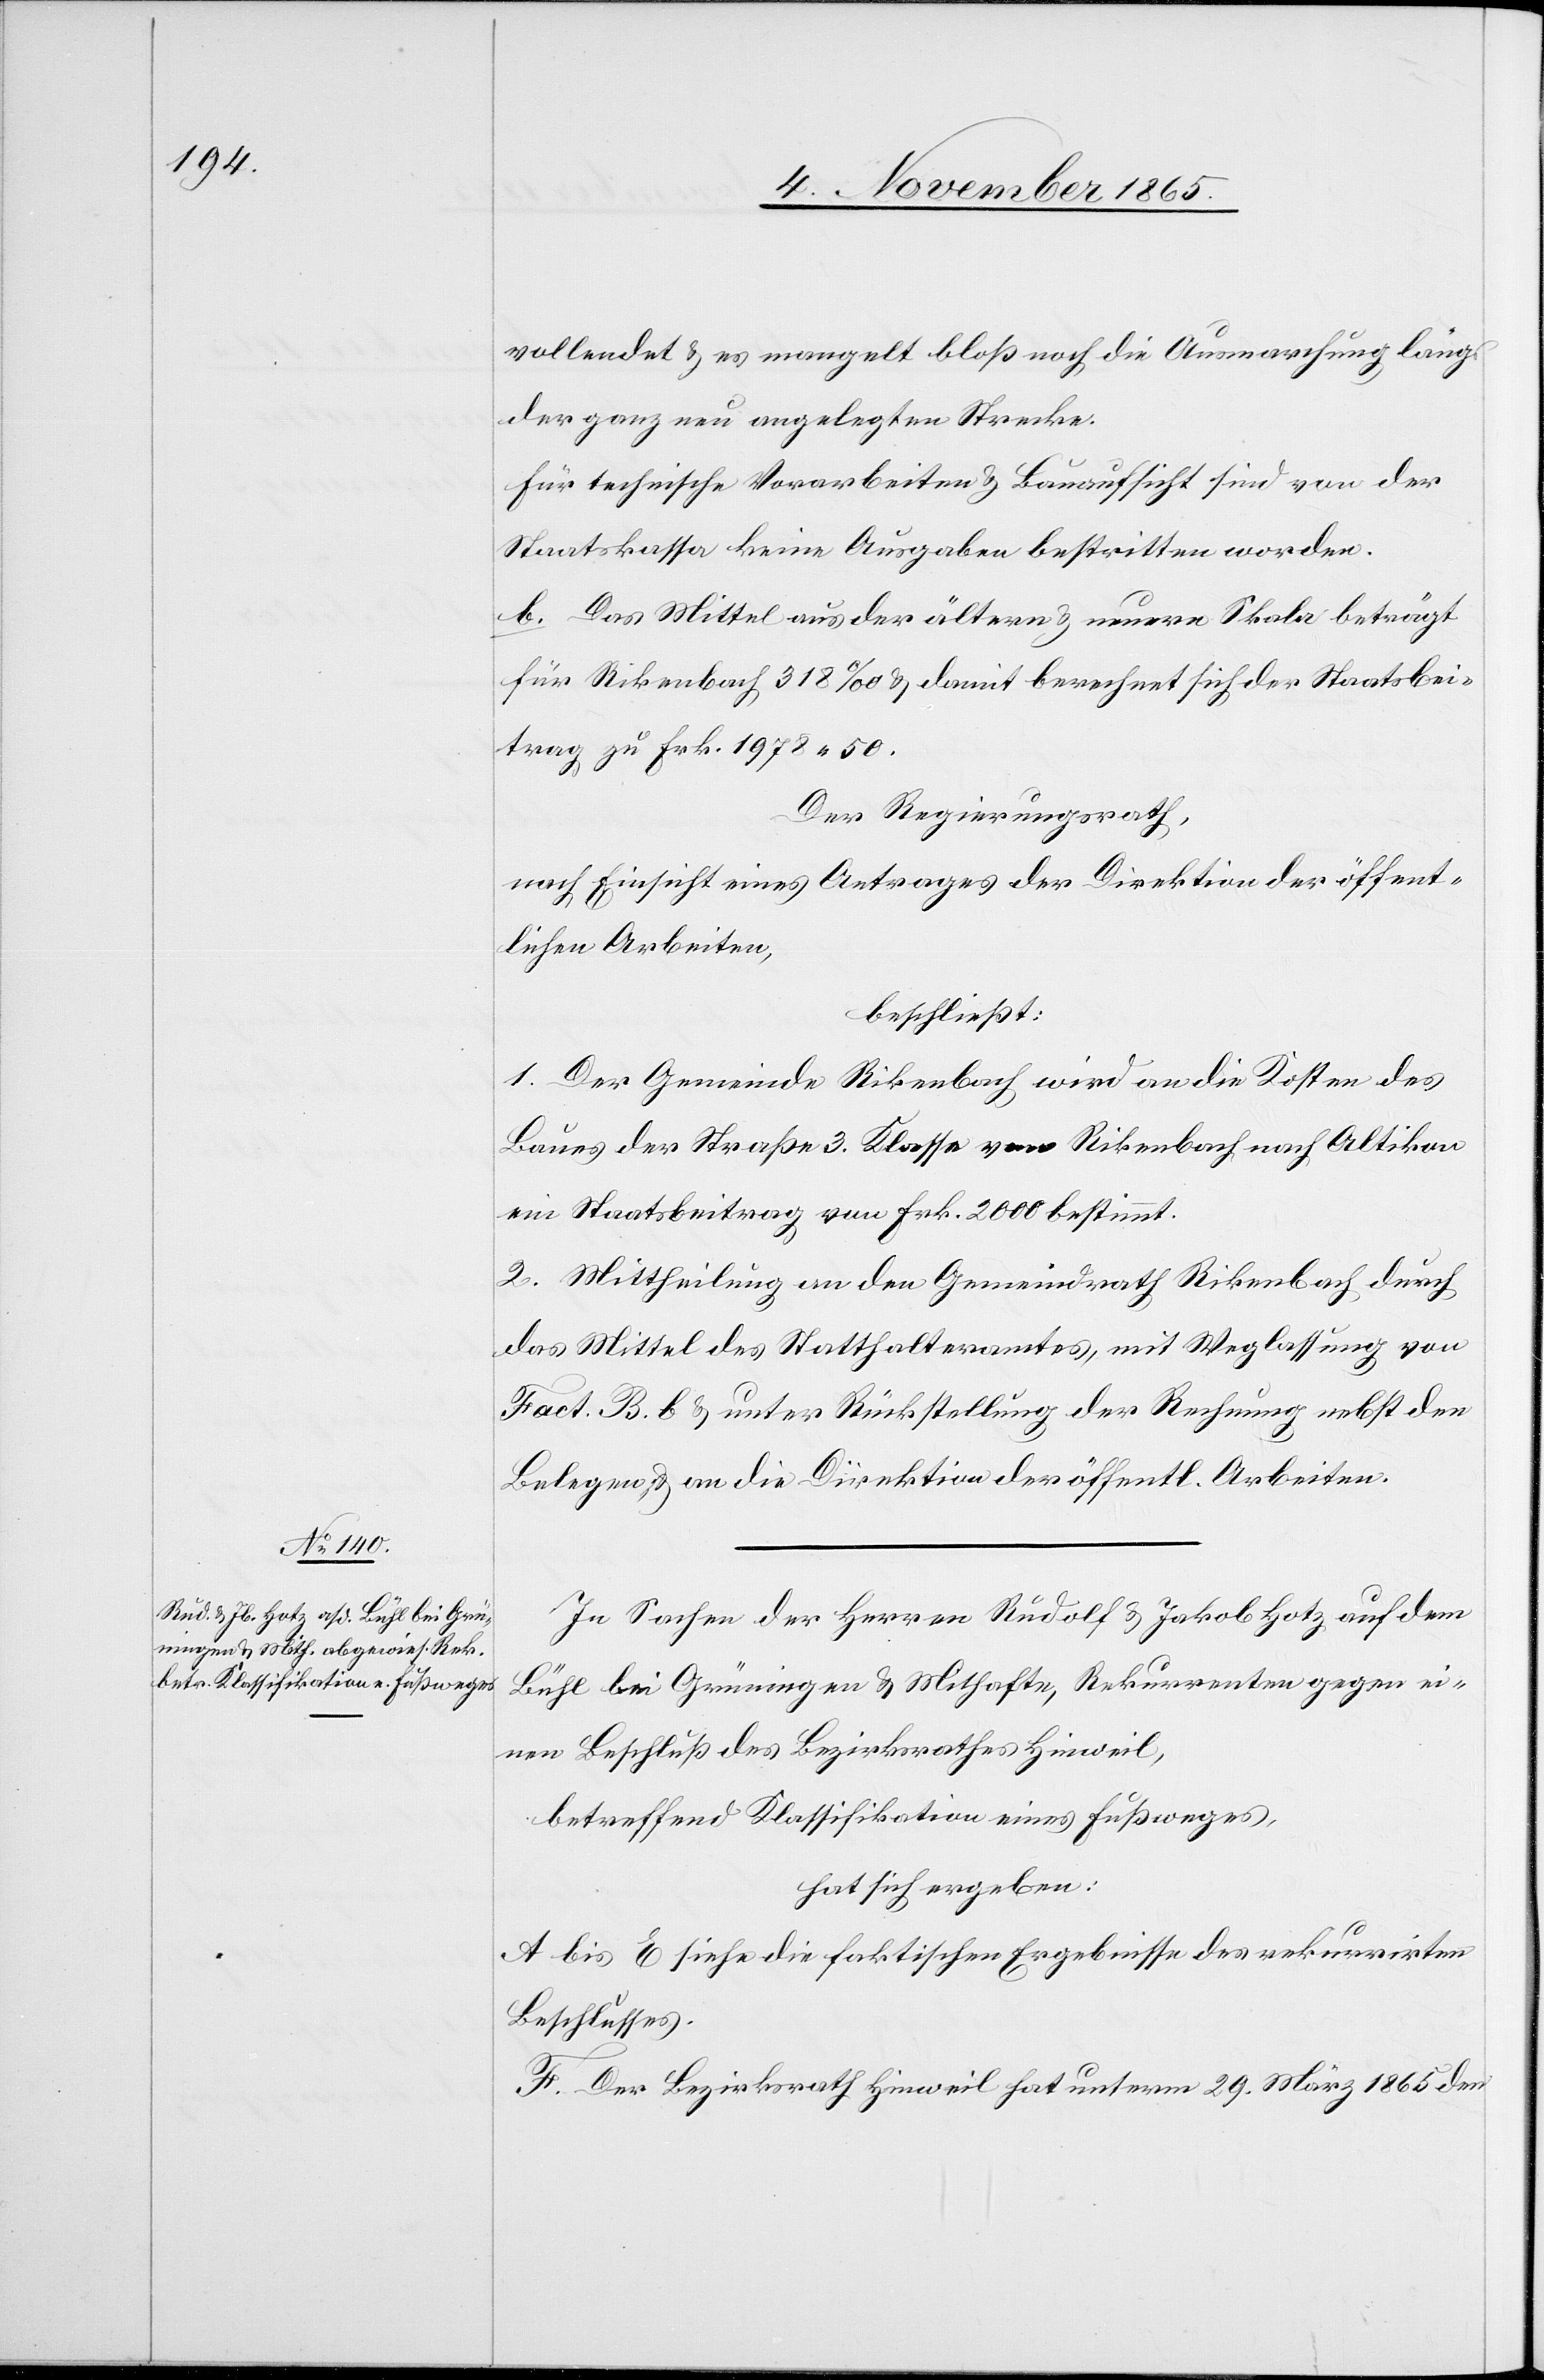
vollendet & es mangelt bloß noch die Ausmarchung längs
der ganz neu angelegten Strecke.
Für technische Vorarbeiten & Bauaufsicht sind von der
Staatskasse keine Ausgaben bestritten worden.
b. Das Mittel aus der ältern & neuern Skala beträgt
für Rikenbach 318‰ & damit berechnet sich der Staatsbei¬
trag zu Frk. 1978 50.
Der Regierungsrath,
nach Einsicht eines Antrages der Direktion der öffent¬
lichen Arbeiten,
beschließt:
1. Der Gemeinde Rikenbach wird an die Kosten des
Baues der Straße 3. Klasse von Rikenbach nach Altikon
ein Staatsbeitrag von Frk. 2000 bestimmt.
2. Mittheilung an den Gemeindrath Rikenbach durch
das Mittel des Statthalteramtes, mit Weglassung von
Fact. B. b & unter Rückstellung der Rechnung nebst den
Belegen, & an die Direktion der öffentl. Arbeiten.
In Sachen der Herren Rudolf & Jakob Hotz auf dem
Bühl bei Grüningen & Mithafte, Rekurrenten gegen ei¬
nen Beschluß des Bezirksrathes Hinweil,
betreffend Klassifikation eines Fußweges,
hat sich ergeben:
A bis E siehe die faktischen Ergebnisse des rekurrirten
Beschlusses.
F. Der Bezirksrath Hinweil hat unterm 29. März 1865 den